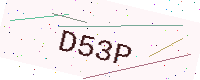
Text: D53P